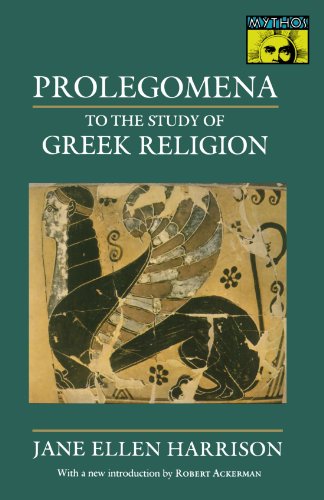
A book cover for Prolegomena to the Study of Greek Religion (Mythos Books); Jane Ellen Harrison; Religion & Spirituality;